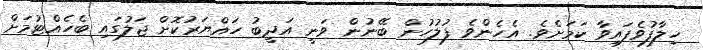
ހިލާފުވެފައިވާ ކަމަށެވެ. އެހެންވެ ފުލުހުން ބޭނުން ވަނީ އަދީބު ހައްޔަރުކޮށް ޖަލުގައި ބެހެއްޓުމަށް